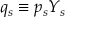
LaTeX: q _ { s } \equiv p _ { s } Y _ { s }